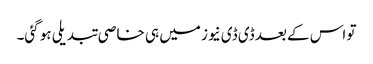
تو اس کے بعد ڈی ڈی نیوز میں ہی خاصی تبدیلی ہو گئی۔